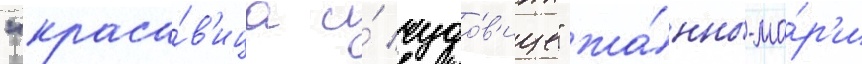
"краса́в'ица и́ чудо́в'ище" жа́нны-ма́р'и